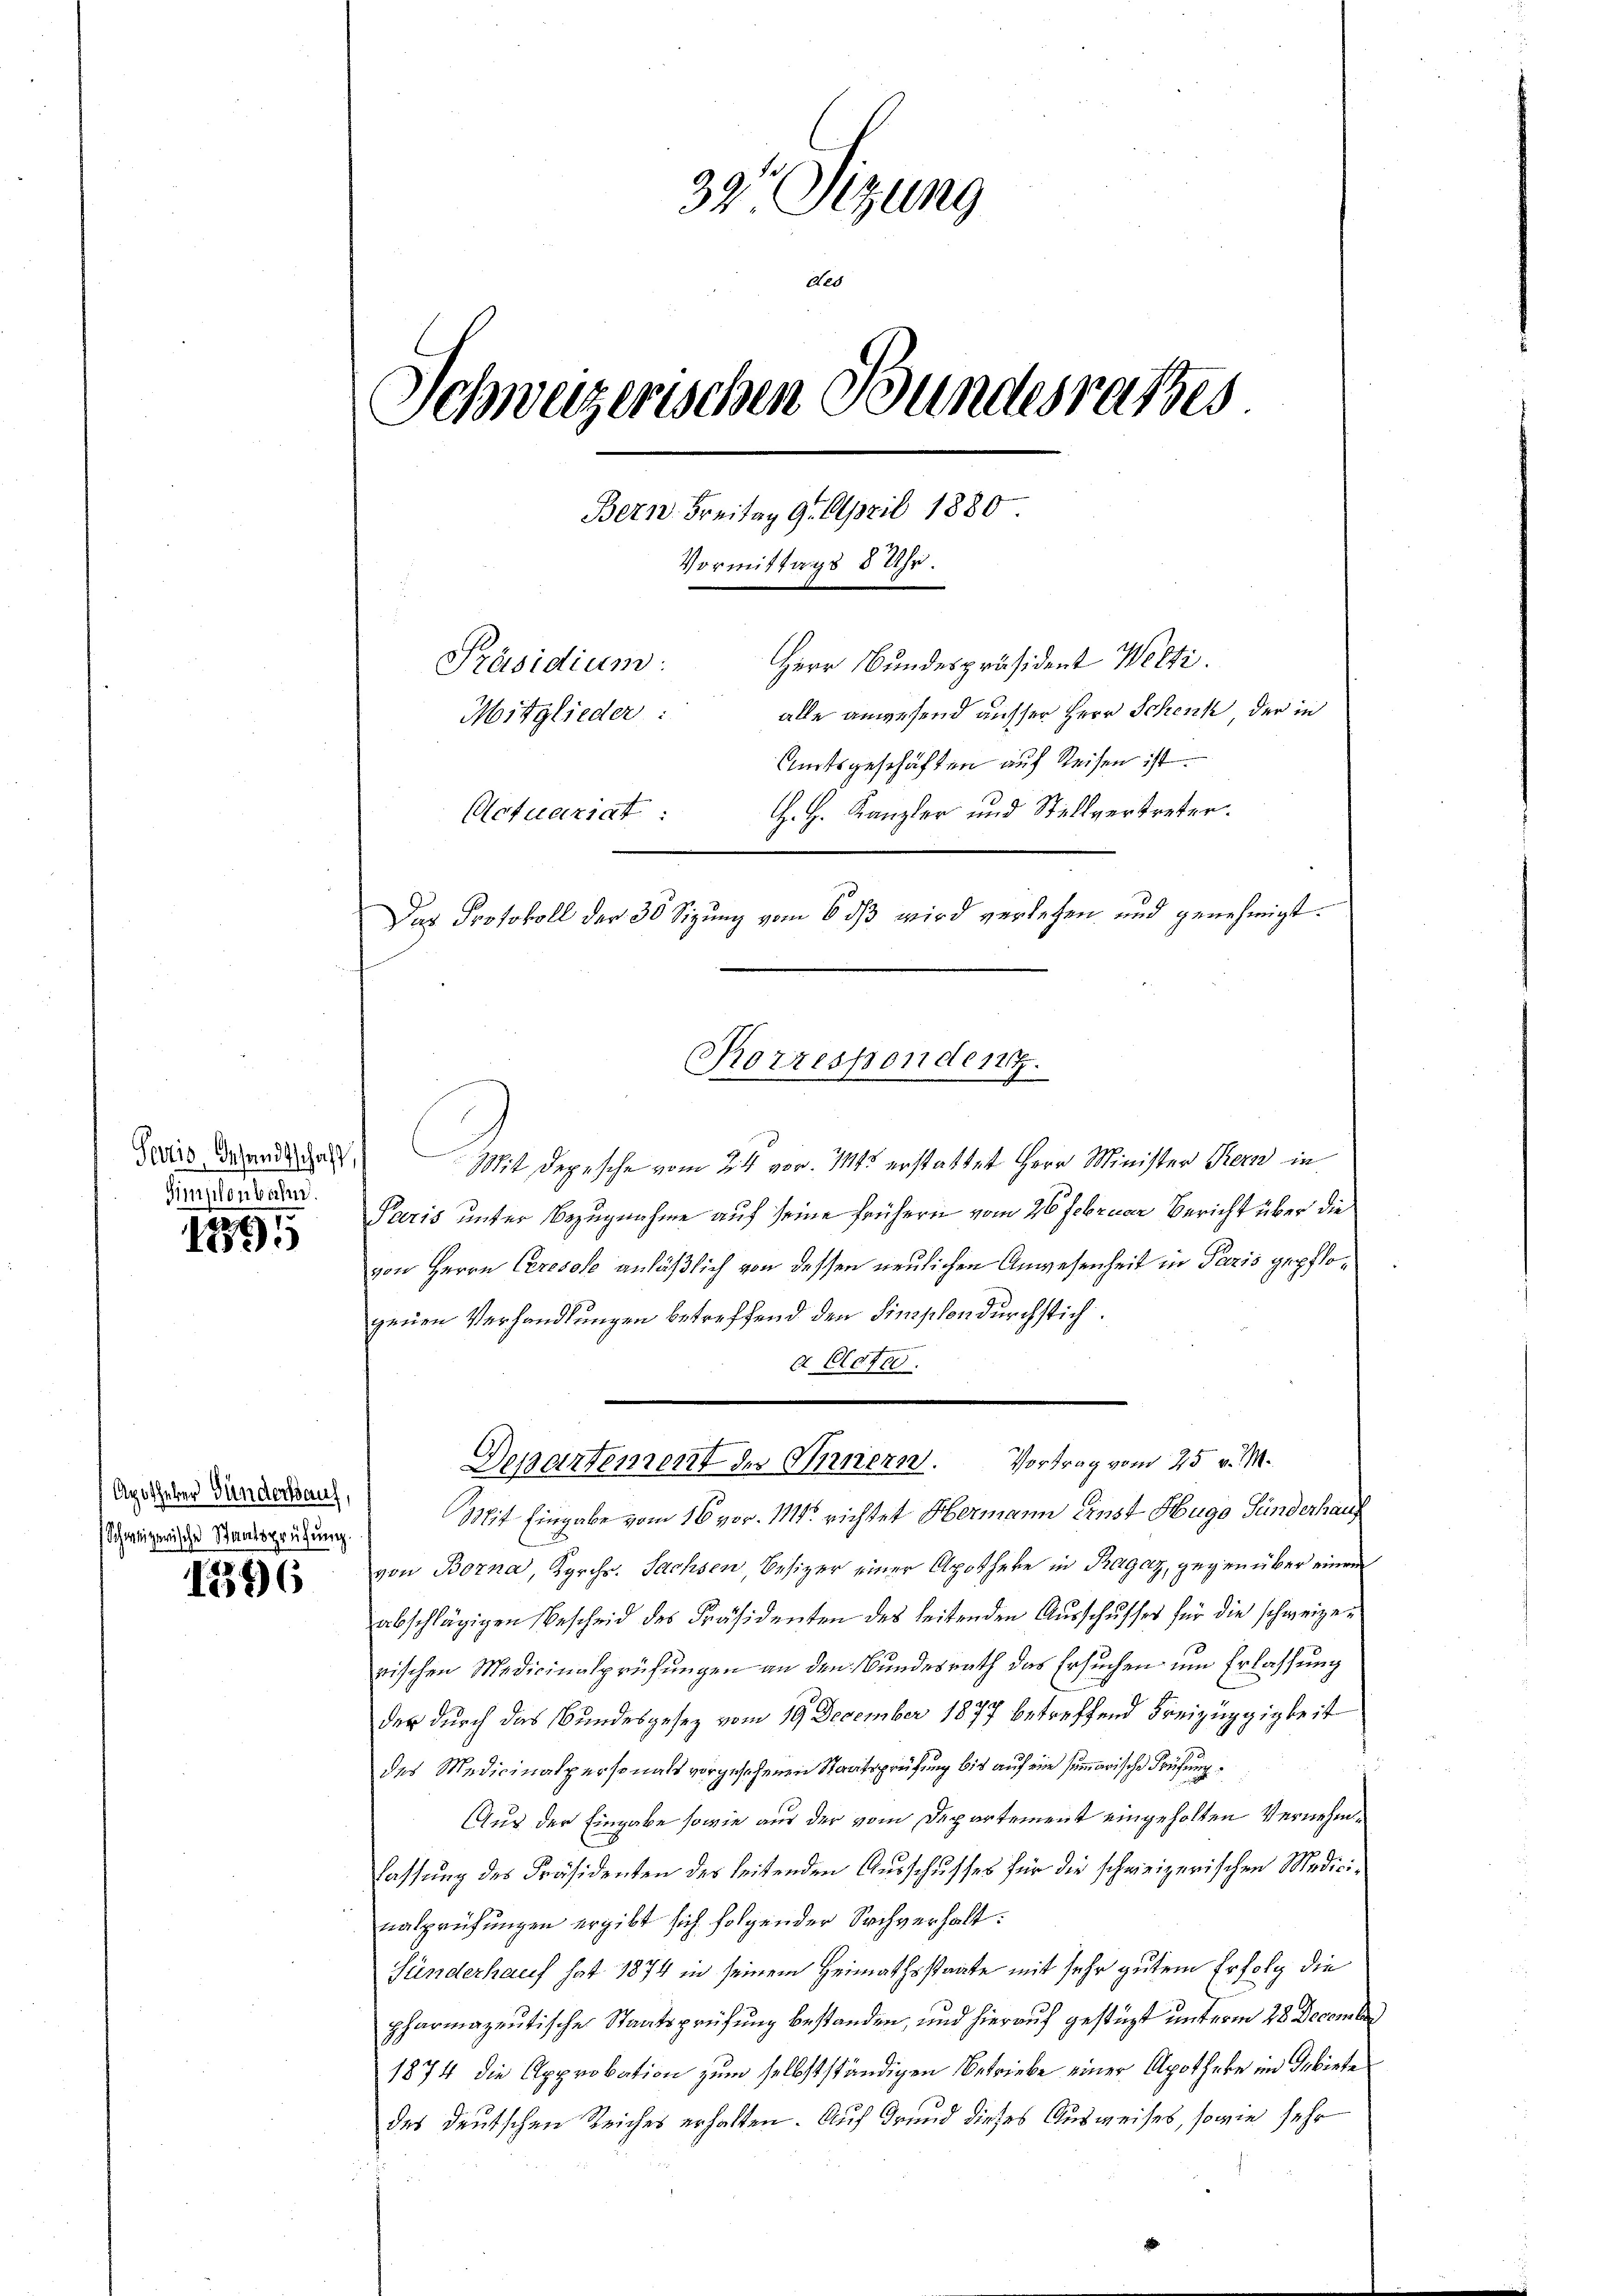
Simplonbahn.

a.
5

Schweizerische Staatsprüfung.

12596

39 Sizung
ded
Schweizerischen Bundesrathes
Bern. Freitag 9. April 1880
Vormittags 8 Uhr.
Herr Bundespräsident Welti.
Präsidium.
alle anwesend ausser Herr Schenk der in
Mitglieder:
Amtsgeschäften auf Reisen ist.
H. H. Kanzler und Stellvertreter.
Actuariat
Das Protokoll der 30 Sizung vom 6 dß wird verlesen und genehmigt.

Todiis Brandschaft Mit Depesche vom 24. vor. 115 erstattet Herr Minister Kern in
Paris unter Bezugnahme auf seine frühern vom 26. Februar Bericht über die
von Herrn Ceresolo anläßlich von dessen neulichen Anwesenheit in Paris gepflogenen Verhandlungen betreffend den Finschendurchstich.
a Plates.
Aus der Verdenden 11t Eingabe vom 16 vor. 1111. richtet Hermann Ernst Hugo Kinderhaup
von Borna, Kgrch. Sachsen, Besizer einer Apotheke in Ragaz, gegen über einem
abschlägigen Bescheid des Präsidenten des leitenden Ausschusser für die schweizerischen Medicinalprüfungen an den Bundesrath das Ersuchen um Erlassung
der durch das Bundesgesez vom 19. December 1877 betreffend Freizügigkeit
des Medicinalpersonals vorgesehenen Staatsprüfung bis auf ein summarische Prüfung
Aus der Eingabe sowie aus der vom Departement eingeholten Vernehmlassung des Präsidenten des leitenden Ausschusses für die schweizerischen Medicinalprüfungen ergibt sich folgender Sachverhalt:
Sünderhauf hat 1874 in seinem Heimathsstaate mit sehr gutem Erfolg die
pharmazeitische Staatsprüfung bestanden, und hierauf gestüzt unterm 28 December
1874 die Approbation zum selbstständigen Betriebe einer Apotheke im Gebiete
des deutschen Reiches erhalten. Auf Grund dieses Ausweises, sowie sehr

Korresponden.

Departement des Innern. Vortrag vom 25. v. M.